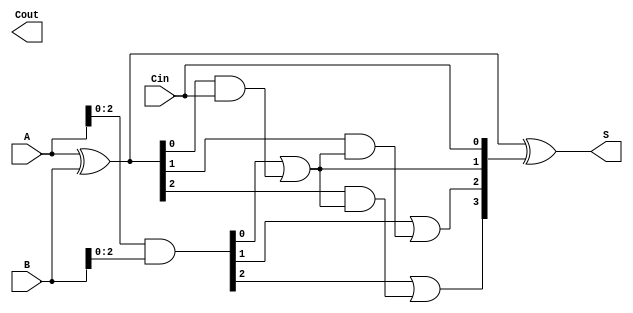
module SklanskyAdder #(parameter N = 4) (
    input  [N-1:0] A,
    input  [N-1:0] B,
    input          Cin,
    output [N-1:0] S,
    output         Cout
);

    // Generate and Propagate signals
    wire [N-1:0] G; // Generate
    wire [N-1:0] P; // Propagate
    wire [N:0] C;   // Carry

    // Generate and Propagate calculations
    assign G = A & B;
    assign P = A ^ B;

    // Initialize carry array
    assign C[0] = Cin; // Initial carry is the input carry

    // Level 1 Carry calculations
    genvar i;
    generate
        for (i = 0; i < N/2; i = i + 1) begin : level1
            assign C[i + 1] = G[i] | (P[i] & C[i]);
        end
    endgenerate

    // Level 2 Carry calculations
    generate
        for (i = 0; i < N/4; i = i + 1) begin : level2
            assign C[i + 1 + N/2] = G[i + N/2] | (P[i + N/2] & C[i + 1]);
        end
    endgenerate

    // Level 3 Carry calculations
    generate
        for (i = 0; i < N/8; i = i + 1) begin : level3
            assign C[i + 1 + 3*N/8] = G[i + 3*N/8] | (P[i + 3*N/8] & C[i + 1 + N/4]);
        end
    endgenerate

    // Final Carry-Out
    assign Cout = C[N];

    // Sum calculations
    assign S = P ^ C[N-1:0]; // S[i] = P[i] ^ C[i]

endmodule